Report of the Indian Hemp Drugs Commission, 1894-1895 - Volume I
Year: 1894
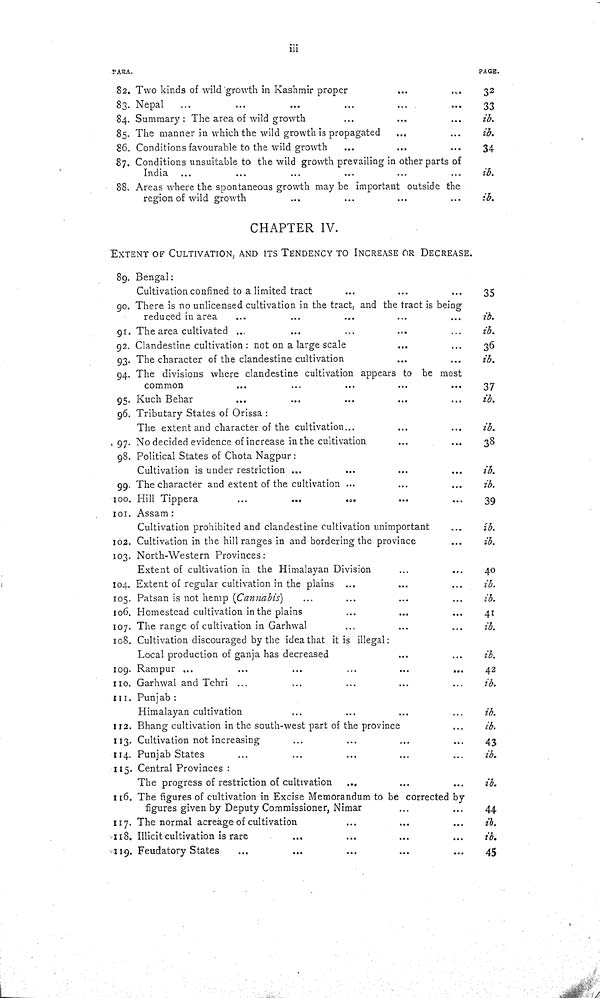
iii
PARA.
PAGE.
82. Two kinds of wild growth in Kashmir proper
32
83. Nepal
33
84. Summary: The area of wild growth
ib.
85. The manner in which the wild growth is propagated
ib.
86. Conditions favourable to the wild growth
34
87. Conditions unsuitable to the wild growth prevailing in other parts of
India
ib.
88. Areas where the spontaneous growth may be important outside the
region of wild growth
ib.
CHAPTER IV.
EXTENT OF CULTIVATION, AND ITS TENDENCY TO INCREASE OR DECREASE.
89. Bengal:
Cultivation confined to a limited tract
35
90. There is no unlicensed cultivation in the tract, and the tract is being
reduced in area
ib.
91. The area cultivated
ib.
92. Clandestine cultivation: not on a large scale
36
93. The character of the clandestine cultivation
ib.
94. The divisions where clandestine cultivation appears to be most
common
37
95. Kuch Behar
ib.
96. Tributary States of Orissa:
The extent and character of the cultivation
ib.
97. No decided evidence of increase in the cultivation
38
98. Political States of Chota Nagpur:
Cultivation is under restriction
ib.
99. The character and extent of the cultivation
ib.
100. Hill Tippera
39
101. Assam:
Cultivation prohibited and clandestine cultivation unimportant
ib.
102. Cultivation in the hill ranges in and bordering the province
ib.
103. North-Western Provinces:
Extent of cultivation in the Himalayan Division
40
104. Extent of regular cultivation in the plains
ib.
105. Patsan is not hemp (Cannabis)
ib.
106. Homestead cultivation in the plains
41
107. The range of cultivation in Garhwal
ib.
108. Cultivation discouraged by the idea that it is illegal:
Local production of ganja has decreased
ib.
109. Rampur
42
110. Garhwal and Tehri
ib.
111. Punjab:
Himalayan cultivation
ib.
112. Bhang cultivation in the south-west part of the province
ib.
113. Cultivation not increasing
43
114. Punjab States
ib.
115. Central Provinces:
The progress of restriction of cultivation
ib.
116. The figures of cultivation in Excise Memorandum to be corrected by
figures given by Deputy Commissioner, Nimar
44
117. The normal acreage of cultivation
ib.
118. Illicit cultivation is rare
ib.
119. Feudatory States
45